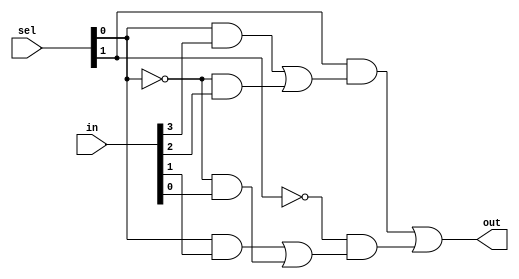
`timescale 1ns / 1ps
///////////////////////////////////////////////////////////////////////////////////////
//John Wright & Danny Peters
//University of Kentucky
//EE480 Spring 2011
//DV Final Project
//
//MUX_4x1.v
//
//A 4x1 multiplexer.
//
///////////////////////////////////////////////////////////////////////////////////////
module MUX_4x1(in, sel, out);
    input [3:0]in;      //input
    input [1:0]sel;     //select lines
    output out;         //output
    
    assign out = (sel[1] & ((sel[0] & in[3]) | (~sel[0] & in[2]))) | (~sel[1] & ((sel[0] & in[1]) | (~sel[0] & in[0])));

endmodule